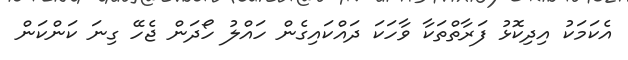
އެކަމަކު އިދިކޮޅު ފަރާތްތަކާ ވާހަކަ ދައްކައިގެން ހައްލު ހޯދަން ޖެހޭ ގިނަ ކަންކަން